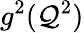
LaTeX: g^{2}(\mathcal{Q}^{2})